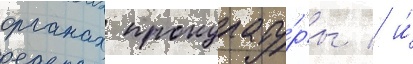
органах прокурату́ры / и́